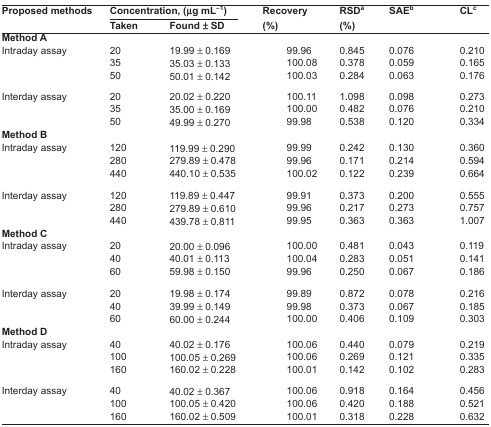
<table><thead><tr><td rowspan="2"><b>Proposed methods</b></td><td colspan="2"><b>Concentration, (μg mL<sup>−1</sup>)</b></td><td rowspan="2"><b>Recovery (%)</b></td><td rowspan="2"><b>RSDa (%)</b></td><td rowspan="2"><b>SAEb</b></td><td rowspan="2"><b>CLc</b></td></tr><tr><td><b>Taken</b></td><td><b>Found ± SD</b></td></tr></thead><tbody><tr><td colspan="7"><b>Method A</b></td></tr><tr><td rowspan="3">Intraday assay</td><td>20</td><td>19.99 ± 0.169</td><td>99.96</td><td>0.845</td><td>0.076</td><td>0.210</td></tr><tr><td>35</td><td>35.03 ± 0.133</td><td>100.08</td><td>0.378</td><td>0.059</td><td>0.165</td></tr><tr><td>50</td><td>50.01 ± 0.142</td><td>100.03</td><td>0.284</td><td>0.063</td><td>0.176</td></tr><tr><td rowspan="3">Interday assay</td><td>20</td><td>20.02 ± 0.220</td><td>100.11</td><td>1.098</td><td>0.098</td><td>0.273</td></tr><tr><td>35</td><td>35.00 ± 0.169</td><td>100.00</td><td>0.482</td><td>0.076</td><td>0.210</td></tr><tr><td>50</td><td>49.99 ± 0.270</td><td>99.98</td><td>0.538</td><td>0.120</td><td>0.334</td></tr><tr><td colspan="7"><b>Method B</b></td></tr><tr><td rowspan="3">Intraday assay</td><td>120</td><td>119.99 ± 0.290</td><td>99.99</td><td>0.242</td><td>0.130</td><td>0.360</td></tr><tr><td>280</td><td>279.89 ± 0.478</td><td>99.96</td><td>0.171</td><td>0.214</td><td>0.594</td></tr><tr><td>440</td><td>440.10 ± 0.535</td><td>100.02</td><td>0.122</td><td>0.239</td><td>0.664</td></tr><tr><td rowspan="3">Interday assay</td><td>120</td><td>119.89 ± 0.447</td><td>99.91</td><td>0.373</td><td>0.200</td><td>0.555</td></tr><tr><td>280</td><td>279.89 ± 0.610</td><td>99.96</td><td>0.217</td><td>0.273</td><td>0.757</td></tr><tr><td>440</td><td>439.78 ± 0.811</td><td>99.95</td><td>0.363</td><td>0.363</td><td>1.007</td></tr><tr><td colspan="7"><b>Method C</b></td></tr><tr><td rowspan="3">Intraday assay</td><td>20</td><td>20.00 ± 0.096</td><td>100.00</td><td>0.481</td><td>0.043</td><td>0.119</td></tr><tr><td>40</td><td>40.01 ± 0.113</td><td>100.04</td><td>0.283</td><td>0.051</td><td>0.141</td></tr><tr><td>60</td><td>59.98 ± 0.150</td><td>99.96</td><td>0.250</td><td>0.067</td><td>0.186</td></tr><tr><td rowspan="3">Interday assay</td><td>20</td><td>19.98 ± 0.174</td><td>99.89</td><td>0.872</td><td>0.078</td><td>0.216</td></tr><tr><td>40</td><td>39.99 ± 0.149</td><td>99.98</td><td>0.373</td><td>0.067</td><td>0.185</td></tr><tr><td>60</td><td>60.00 ± 0.244</td><td>100.00</td><td>0.406</td><td>0.109</td><td>0.303</td></tr><tr><td colspan="7"><b>Method D</b></td></tr><tr><td rowspan="3">Intraday assay</td><td>40</td><td>40.02 ± 0.176</td><td>100.06</td><td>0.440</td><td>0.079</td><td>0.219</td></tr><tr><td>100</td><td>100.05 ± 0.269</td><td>100.06</td><td>0.269</td><td>0.121</td><td>0.335</td></tr><tr><td>160</td><td>160.02 ± 0.228</td><td>100.01</td><td>0.142</td><td>0.102</td><td>0.283</td></tr><tr><td rowspan="3">Interday assay</td><td>40</td><td>40.02 ± 0.367</td><td>100.06</td><td>0.918</td><td>0.164</td><td>0.456</td></tr><tr><td>100</td><td>100.05 ± 0.420</td><td>100.06</td><td>0.420</td><td>0.188</td><td>0.521</td></tr><tr><td>160</td><td>160.02 ± 0.509</td><td>100.01</td><td>0.318</td><td>0.228</td><td>0.632</td></tr></tbody></table>